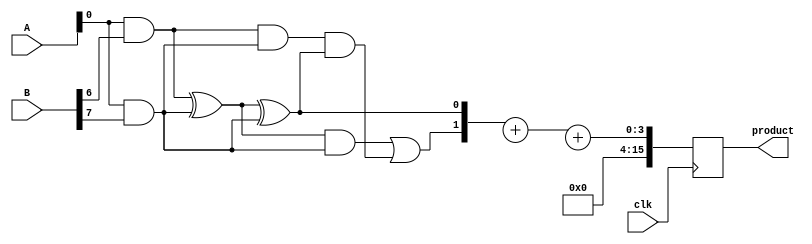
module WallaceTreeMultiplier #(parameter N = 8) (
    input clk,
    input [N-1:0] A,
    input [N-1:0] B,
    output reg [2*N-1:0] product
);

    // Partial product generation
    wire [N-1:0] pp[N-1:0]; // Partial products
    genvar i, j;
    generate
        for (i = 0; i < N; i = i + 1) begin : pp_gen
            assign pp[i] = A & {N{B[i]}};
        end
    endgenerate

    // Wallace tree reduction
    wire [N-1:0] sum[2*N-1:0]; // Sums from adders
    wire [N-1:0] carry[2*N-1:0]; // Carries from adders
    wire [N-1:0] final_sum, final_carry;

    // Level 1 reduction
    generate
        for (i = 0; i < N; i = i + 1) begin : level1
            if (i % 2 == 0 && i + 1 < N) begin
                // Half adder
                assign sum[i] = pp[i] ^ pp[i + 1];
                assign carry[i] = pp[i] & pp[i + 1];
            end else if (i % 2 == 1 && i + 1 < N) begin
                // Full adder
                assign sum[i] = pp[i] ^ pp[i + 1] ^ carry[i - 1];
                assign carry[i] = (pp[i] & pp[i + 1]) | (carry[i - 1] & (pp[i] ^ pp[i + 1]));
            end else begin
                assign sum[i] = pp[i];
                assign carry[i] = 0;
            end
        end
    endgenerate

    // Subsequent levels of reduction
    // This part can be extended to handle more levels as necessary
    // For simplicity, we will assume a maximum of 3 levels
    generate
        for (i = 0; i < N; i = i + 1) begin : level2
            if (i < N/2) begin
                assign final_sum[i] = sum[i * 2] ^ sum[i * 2 + 1];
                assign final_carry[i] = (sum[i * 2] & sum[i * 2 + 1]) | (carry[i * 2] & (sum[i * 2] ^ sum[i * 2 + 1]));
            end
        end
    endgenerate

    // Final addition
    always @(posedge clk) begin
        product <= {final_carry[N/2-1], final_sum[N/2-1]} + {1'b0, final_sum[N/2]} + {1'b0, final_carry[N/2]};
    end

endmodule